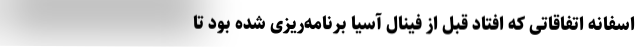
اسفانه اتفاقاتی که افتاد قبل از فینال آسیا برنامه‌ریزی شده بود تا